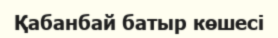
Қабанбай батыр көшесі